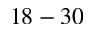
1 8 - 3 0